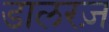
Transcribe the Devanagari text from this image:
डालरज़